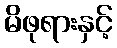
မိဖုရားနှင့်